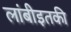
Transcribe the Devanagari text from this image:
लांबीइतकी